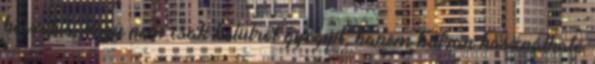
beszélve, hogy nem csak belülről gyógyít, hanem bátran használható